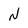
Character: N